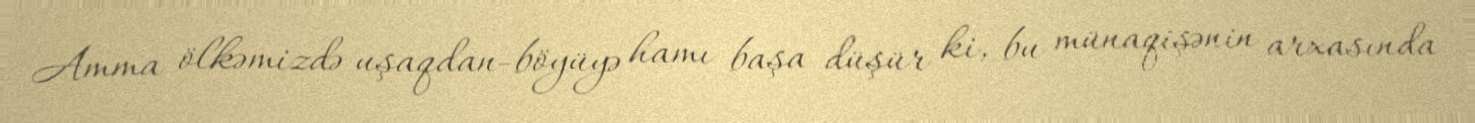
Amma ölkəmizdə uşaqdan-böyüyə hamı başa düşür ki, bu münaqişənin arxasında